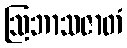
ဩဘာသဇာတံ